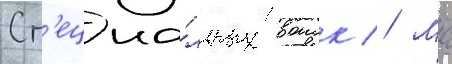
Сп'ециа́льных воиск // Мчс